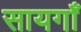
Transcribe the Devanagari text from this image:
सायगाँ